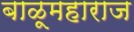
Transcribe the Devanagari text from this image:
बाळूमहाराज